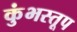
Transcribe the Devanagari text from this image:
कुंभस्तूप